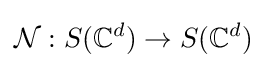
{\mathcal {N}}:S(\mathbb {C} ^{d})\rightarrow S(\mathbb {C} ^{d})